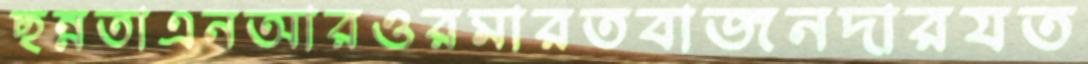
ছন্নতাএনআরওরমারতবাজনদারযত